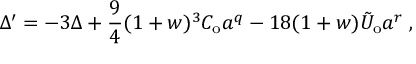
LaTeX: { \Delta } ^ { \prime } = - 3 \Delta + \frac { 9 } { 4 } ( 1 + w ) ^ { 3 } C _ { \mathrm { o } } a ^ { q } - 1 8 ( 1 + w ) \tilde { U } _ { \mathrm { o } } a ^ { r } \; ,